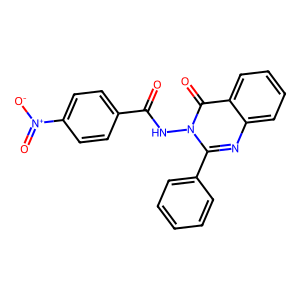
SMILES: O=C(Nn1c(-c2ccccc2)nc2ccccc2c1=O)c1ccc([N+](=O)[O-])cc1
Inhibits HIV replication: No